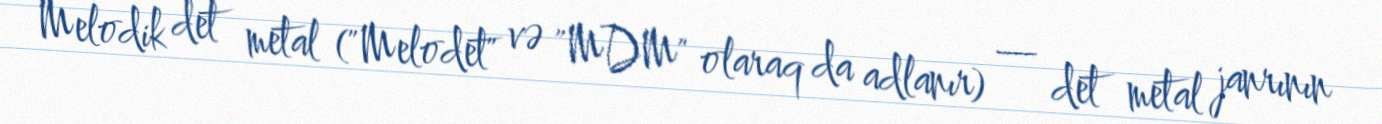
Melodik det metal ("Melodet" və "MDM" olaraq da adlanır) — det metal janrının